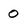
Character: 0